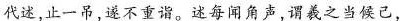
代述,止一吊,遂不重诣。述每闻角声,谓羲之当候己，